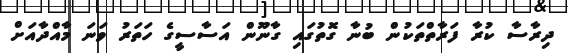
ދިރާސާ ކުރާ ފަރާތްތަކުން ބުނާ ގޮތުގައި ގާނޫން އަސާސީގެ ހަތަރު ވަނަ މާއްދާއަށް